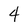
Character: 4